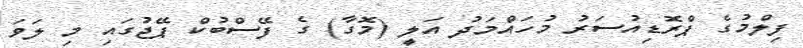
ފިލްމުގެ ޕްރޮޑިއުސަރު މުހައްމަދު އަލީ (މޮގާ) ގެ ފޭސްބުކް ޕޭޖުގައި މި ލަވަ